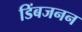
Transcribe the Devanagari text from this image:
डिंबजनन